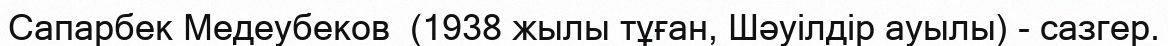
Сапарбек Медеубеков  (1938 жылы тұған, Шәуілдір ауылы) - сазгер.